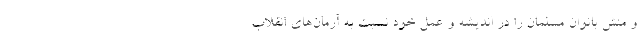
و منش بانوانِ مسلمان را در اندیشه و عمل خود نسبت به آرمان‌های انقلاب